Indian journal of veterinary science and animal husbandry - Volumes 15-17, 1948-1951
Year: 1948
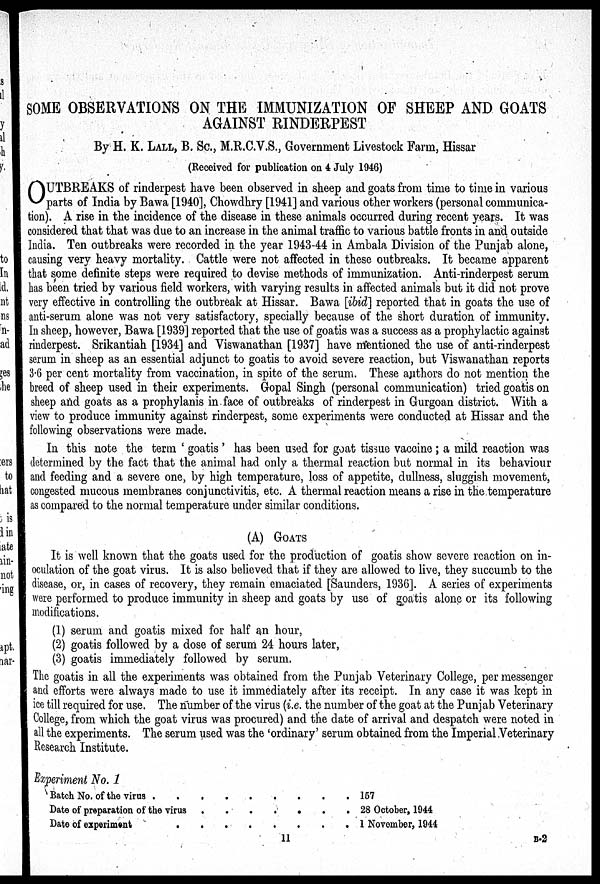
SOME OBSERVATIONS ON THE IMMUNIZATION OF SHEEP AND GOATS
AGAINST RINDERPEST
By H. K. LALL, B. SC., M.R.C.V.S., Government Livestock Farm, Hissar
(Received for publication on 4 July 1946)
O UTBREAKS of rinderpest have been observed in sheep and goats from time to time in various
parts of India by Bawa [1940], Chowdhry [1941] and various other workers (personal communica-
tion). A rise in the incidence of the disease in these animals occurred during recent years. It was
considered that that was due to an increase in the animal traffic to various battle fronts in and outside
India. Ten outbreaks were recorded in the year 1943-44 in Ambala Division of the Punjab alone,
causing very heavy mortality. Cattle were not affected in these outbreaks. It became apparent
that some definite steps were required to devise methods of immunization. Anti-rinderpest serum
has been tried by various field workers, with varying results in affected animals but it did not prove
very effective in controlling the outbreak at Hissar. Bawa [ibid] reported that in goats the use of
anti-serum alone was not very satisfactory, specially because of the short duration of immunity.
In sheep, however, Bawa [1939] reported that the use of goatis was a success as a prophylactic against
rinderpest. Srikantiah [1934] and Viswanathan [1937] have mentioned the use of anti-rinderpest
serum in sheep as an essential adjunct to goatis to avoid severe reaction, but Viswanathan reports
3.6 per cent mortality from vaccination, in spite of the serum. These authors do not mention the
breed of sheep used in their experiments. Gopal Singh (personal communication) tried goatis on
sheep and goats as a prophylanis in face of outbreaks of rinderpest in Gurgoan district. With a
view to produce immunity against rinderpest, some experiments were conducted at Hissar and the
following observations were made.
In this note the term ' goatis ' has been used for goat tissue vaccine; a mild reaction was
determined by the fact that the animal had only a thermal reaction but normal in its behaviour
and feeding and a severe one, by high temperature, loss of appetite, dullness, sluggish movement,
congested mucous membranes conjunctivitis, etc. A thermal reaction means a rise in the temperature
as compared to the normal temperature under similar conditions.
(A) GOATS
It is well known that the goats used for the production of goatis show severe reaction on in-
oculation of the goat virus. It is also believed that if they are allowed to live, they succumb to the
disease, or, in cases of recovery, they remain emaciated [Saunders, 1936]. A series of experiments
were performed to produce immunity in sheep and goats by use of goatis alone or its following
modifications.
(1) serum and goatis mixed for half an hour,
(2) goatis followed by a dose of serum 24 hours later,
(3) goatis immediately followed by serum.
The goatis in all the experiments was obtained from the Punjab Veterinary College, per messenger
and efforts were always made to use it immediately after its receipt. In any case it was kept in
ice till required for use. The number of the virus (i.e. the number of the goat at the Punjab Veterinary
College, from which the goat virus was procured) and the date of arrival and despatch were noted in
all the experiments. The serum used was the 'ordinary' serum obtained from the Imperial Veterinary
Research Institute.
Experiment No. 1
Batch No. of the virus . . . . . . . . .
Date of preparation of the virus
.
.
.
.
.
.
.
Date of experiment . . . . . . . .
157
28 October, 1944
1 November, 1944
11
B-2